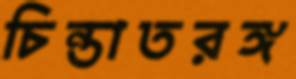
চিন্তাতরঙ্গ